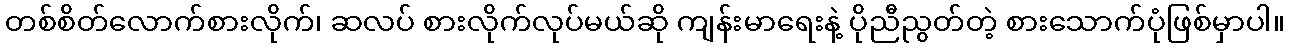
တစ်စိတ်လောက်စားလိုက်၊ ဆလပ် စားလိုက်လုပ်မယ်ဆို ကျန်းမာရေးနဲ့ ပိုညီညွတ်တဲ့ စားသောက်ပုံဖြစ်မှာပါ။